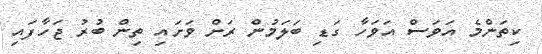
ކިތަންމެ އަވަސް އަވަހާ ގަޑި ބަލަމުން ރަށް ވަށައި ތިން ބުރު ޖަހާފައި